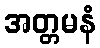
အတ္တမနံ